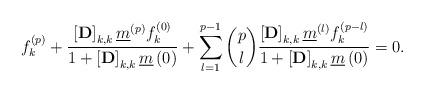
LaTeX: \begin{align*} f^{\left(p\right)}_k+\frac{\left[\mathbf{D}\right]_{k,k}\underline{m}^{\left(p\right)}f^{\left(0\right)}_k}{1+\left[\mathbf{D}\right]_{k,k}\underline{m}\left(0\right)}+\sum_{l=1}^{p-1}\binom {p} {l}\frac{\left[\mathbf{D}\right]_{k,k}\underline{m}^{\left(l\right)}f^{\left(p-l\right)}_k}{1+\left[\mathbf{D}\right]_{k,k}\underline{m}\left(0\right)}=0.\end{align*}